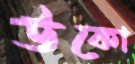
উকো